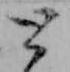
と